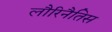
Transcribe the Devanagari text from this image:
लौरिनैतिस